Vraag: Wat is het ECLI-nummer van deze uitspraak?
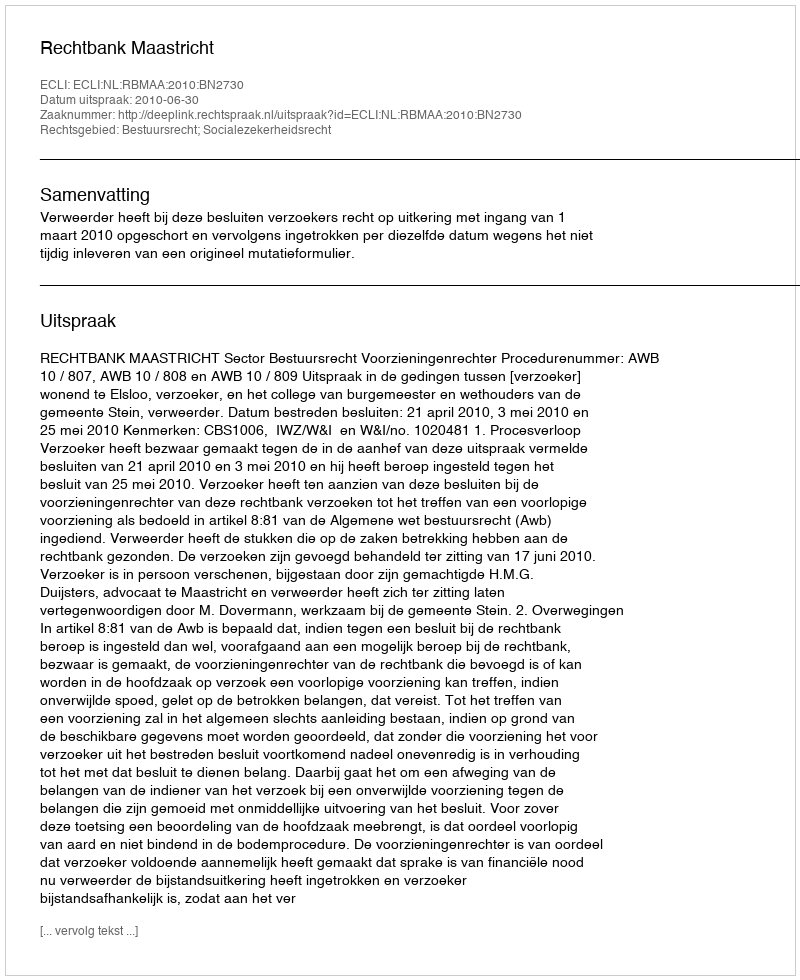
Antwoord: ECLI:NL:RBMAA:2010:BN2730